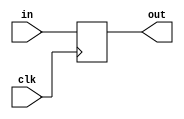
module register24 (clk, in, out);

	input clk;
	input [23:0] in;
	output reg [23:0] out;
	
	always @(posedge clk)
		out <= in;

endmodule